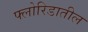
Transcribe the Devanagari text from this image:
फ्लोरिडातील